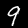
Label: 9